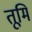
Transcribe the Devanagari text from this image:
तूमि